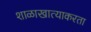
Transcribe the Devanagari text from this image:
शाळाखात्याकरता